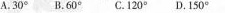
A.30°B.60°C.120°D.150°